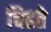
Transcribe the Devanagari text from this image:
चिहते